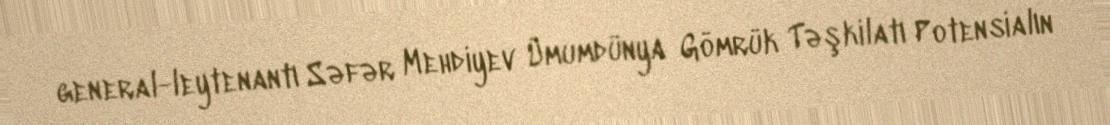
general-leytenantı Səfər Mehdiyev Ümumdünya Gömrük Təşkilatı Potensialın